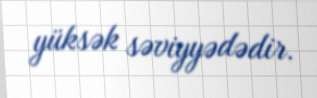
yüksək səviyyədədir.